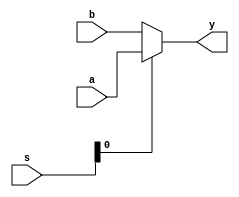
`timescale 1ns / 1ps
//////////////////////////////////////////////////////////////////////////////////
// Company: 
// Engineer: 
// 
// Design Name: 
// Module Name:    mux2x1 
// Project Name: 
// Target Devices: 
// Tool versions: 
// Description: 
//
// Dependencies: 
//
// Revision: 
// Revision 0.01 - File Created
// Additional Comments: 
//
//////////////////////////////////////////////////////////////////////////////////
module mux2x1(
    input a,
    input b,
	 input [1:0]s,
    output y
    );
	 
	 assign y =s[0]? a:b;
	 


endmodule